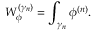
W _ { \phi } ^ { ( \gamma _ { n } ) } = \int _ { \gamma _ { n } } \phi ^ { ( n ) } .